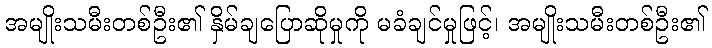
အမျိုးသမီးတစ်ဦး၏ နှိမ်ချပြောဆိုမှုကို မခံချင်မှုဖြင့်၊ အမျိုးသမီးတစ်ဦး၏